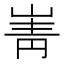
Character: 𡸺